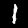
Label: 1